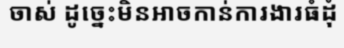
ចាស់ ដូច្នេះមិនអាចកាន់ការងារធំដុំ